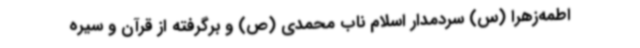
اطمه‌زهرا (س) سردمدار اسلام ناب محمدی (ص) و برگرفته از قرآن و سیره